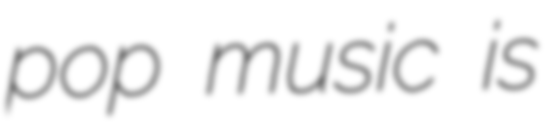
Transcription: pop music is